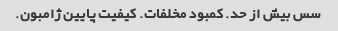
سس بیش از حد. کمبود مخلفات. کیفیت پایین ژامبون.